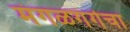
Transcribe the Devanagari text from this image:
मंगळगंगेचा